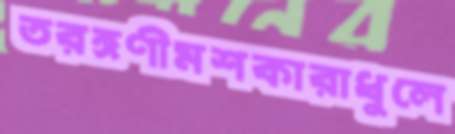
তরঙ্গণীমশকারাধুলে